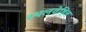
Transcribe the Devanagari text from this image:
स्थलवेष्ठित